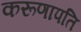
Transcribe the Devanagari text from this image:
करूणापति